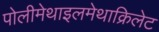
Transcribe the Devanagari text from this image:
पोलीमेथाइलमेथाक्रिलेट